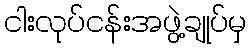
ငါးလုပ်ငန်းအဖွဲ့ချုပ်မှ